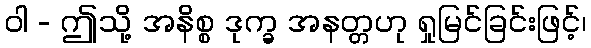
ဝါ - ဤသို့ အနိစ္စ ဒုက္ခ အနတ္တဟု ရှုမြင်ခြင်းဖြင့်၊